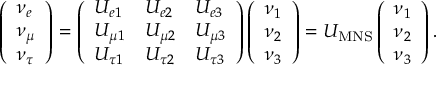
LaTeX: \left( \begin{array} { l } { { \nu _ { e } } } \\ { { \nu _ { \mu } } } \\ { { \nu _ { \tau } } } \end{array} \right) = \left( \begin{array} { l l l } { { U _ { e 1 } } } & { { U _ { e 2 } } } & { { U _ { e 3 } } } \\ { { U _ { \mu 1 } } } & { { U _ { \mu 2 } } } & { { U _ { \mu 3 } } } \\ { { U _ { \tau 1 } } } & { { U _ { \tau 2 } } } & { { U _ { \tau 3 } } } \end{array} \right) \left( \begin{array} { l } { { \nu _ { 1 } } } \\ { { \nu _ { 2 } } } \\ { { \nu _ { 3 } } } \end{array} \right) = U _ { \mathrm { M N S } } \left( \begin{array} { l } { { \nu _ { 1 } } } \\ { { \nu _ { 2 } } } \\ { { \nu _ { 3 } } } \end{array} \right) .